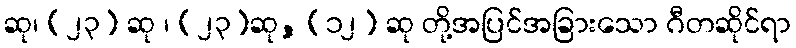
ဆု၊ (၂၃) ဆု ၊ (၂၃)ဆု, (၁၂) ဆု တို့အပြင်အခြားသော ဂီတဆိုင်ရာ